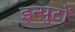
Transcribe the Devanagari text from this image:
इन्पुटों